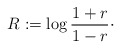
\begin{align*}R:=\log{1+r\over 1-r}\cdot\end{align*}